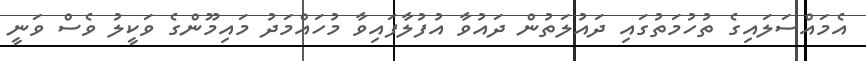
އެމައްސަލައިގެ ތުހުމަތުގައި ދައުލަތުން ދައުވާ އުފުލާފައިވާ މުހައްމަދު މައިމޫންގެ ވަކީލު ވެސް ވަނީ